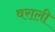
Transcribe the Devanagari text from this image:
वराली